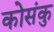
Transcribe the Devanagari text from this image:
कोसंकु